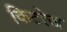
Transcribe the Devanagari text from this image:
किटरेज